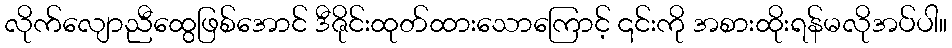
လိုက်လျောညီထွေဖြစ်အောင် ဒီဇိုင်းထုတ်ထားသောကြောင့် ၎င်းကို အစားထိုးရန်မလိုအပ်ပါ။